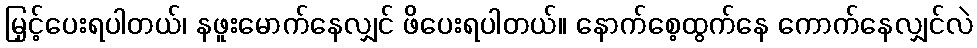
မြှင့်ပေးရပါတယ်၊ နဖူးမောက်နေလျှင် ဖိပေးရပါတယ်။ နောက်စေ့ထွက်နေ ကောက်နေလျှင်လဲ